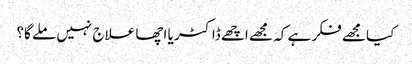
کیا مجھے فکر ہے کہ مجھے اچھے ڈاکٹر یا اچھا علاج نہیں ملے گا؟